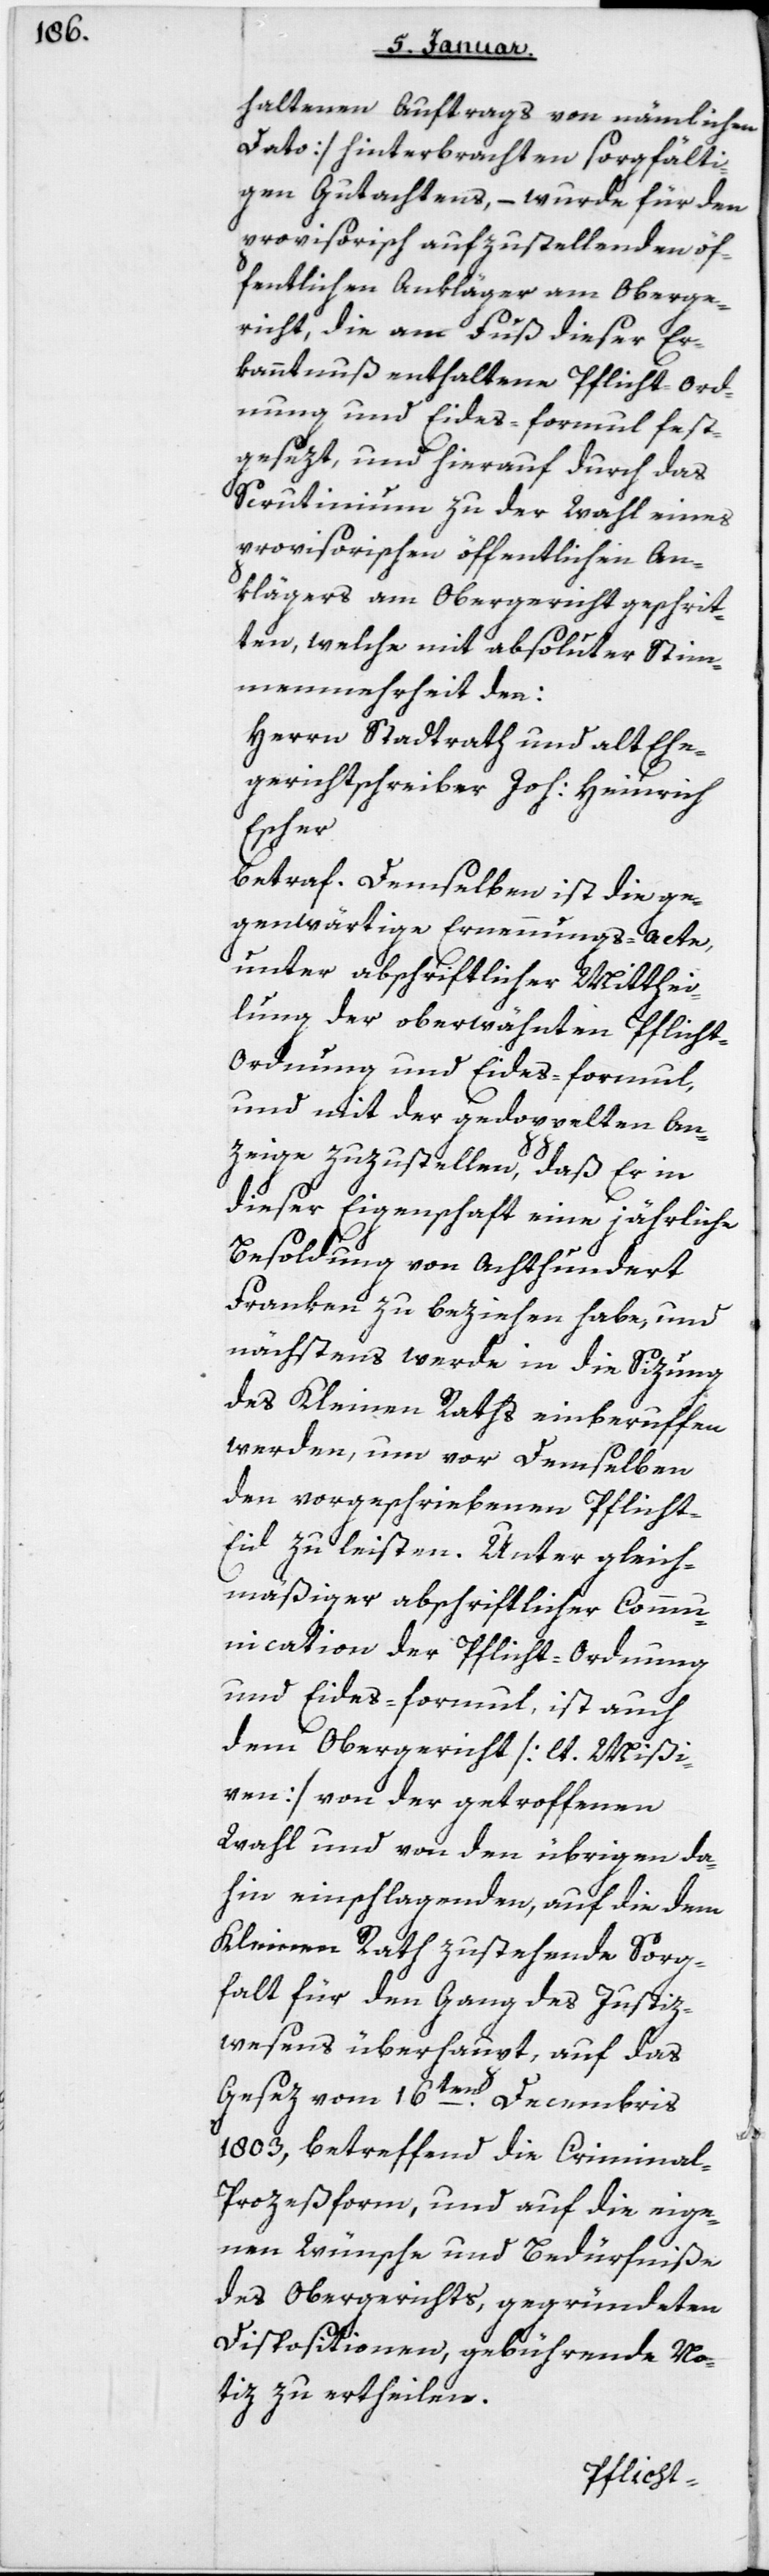
haltenen Auftrags von nämlichem
Dato) hinterbrachten sorgfälti¬
gen Gutachtens, – wurde für den
provisorisch aufzustellenden öf¬
fentlichen Ankläger am Oberge¬
richt, die am Fuß dieser Er¬
kanntnuß enthaltene Pflichtord¬
nung und Eides-formul fest¬
gesezt, und hierauf durch das
Scrutinium zu der Wahl eines
provisorischen öffentlichen An¬
klägers am Obergericht geschrit¬
ten, welche mit absoluter Stim¬
menmehrheit den:
Herrn Stadtrath und alt Ehe¬
gerichtsschreiber Joh. Heinrich
Escher
gegenwärtige Ernennungs-acte,
unter abschriftlicher Mitthei¬
lung der oberwähnten Pflicht-O¬
rdnung und Eides-formul
und mit der gedoppelten An¬
zeige zuzustellen, daß Er in
dieser Eigenschaft eine jahrliche
Besoldung von achthundert
Franken zu beziehen habe, und
nächstens werde in die Sitzung
des Kleinen Raths einberuffen
werden, um vor demselben
den vorgeschriebenen Pflicht-E¬
id zu leisten. Unter gleich¬
mäßiger abschriftlicher Commu¬
nication der Pflicht-Ordnung
und Eidesformul, ist auch
dem Obergericht [lt. Mißi¬
ven] von der getroffenen
Wahl und von den übrigen da¬
hin einschlagenden, auf die dem
Kleinen Rath zustehende Sorg¬
falt für den Gang des Justiz¬
wesens überhaupt, auf das
Gesez vom 16ten Decembris
1803, betreffend die Crimina¬
l-Prozeßform, und auf die eige¬
nen Wünsche und Bedürfniße
des Obergerichts, gegründeten
Dispositionen, gebührende No¬
tiz zu ertheilen.